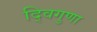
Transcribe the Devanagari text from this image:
द्विगुणा